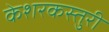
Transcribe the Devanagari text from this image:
केशरकस्तुरी